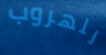
للهروب